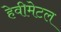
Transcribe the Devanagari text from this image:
हेवीमेटल